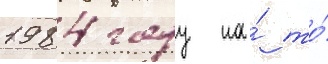
1984 году на́ то́